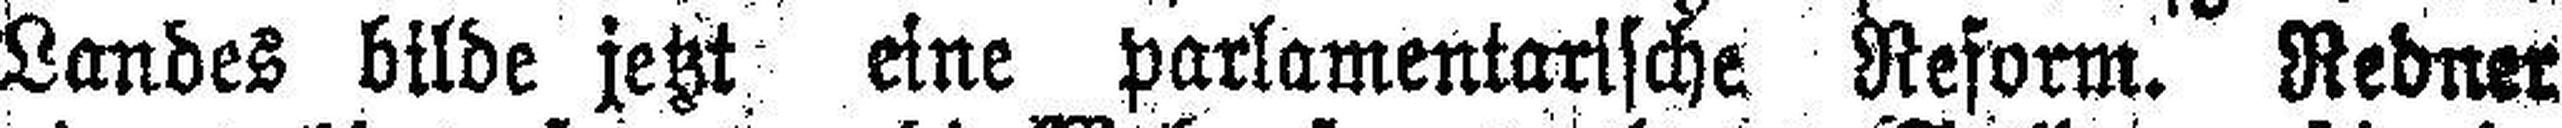
Landes bilde jetzt eine parlamentarische Reform. Redner